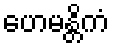
ဟေမန္တိကံ